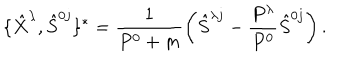
\{ \hat { X } ^ { \lambda } , \hat { S } ^ { 0 j } \} ^ { * } = \frac { 1 } { P ^ { 0 } + m } \left( \hat { S } ^ { \lambda j } - \frac { P ^ { \lambda } } { P ^ { 0 } } \hat { S } ^ { 0 j } \right) .